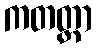
ကတတ္တာ